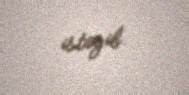
istəyib.